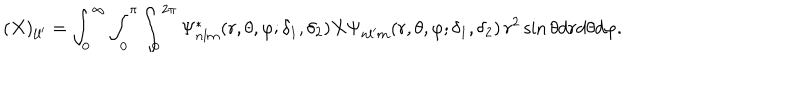
( X ) _ { l l ^ { \prime } } = \int _ { 0 } ^ { \infty } \int _ { 0 } ^ { \pi } \int _ { 0 } ^ { 2 \pi } \Psi _ { n l m } ^ { * } ( r , \theta , \varphi ; \delta _ { 1 } , \delta _ { 2 } ) X \Psi _ { n l ^ { \prime } m } ( r , \theta , \varphi ; \delta _ { 1 } , \delta _ { 2 } ) \, r ^ { 2 } \sin \theta d r d \theta d \varphi .